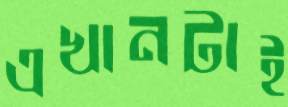
এখানটাই